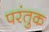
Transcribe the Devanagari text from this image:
परंतुक